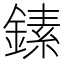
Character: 𬫵